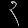
Digit: ၃